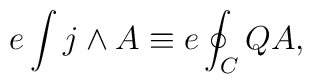
e\int j \wedge A \equiv e \oint_C  Q A,